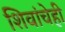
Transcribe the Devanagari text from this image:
शिवांचेही